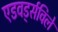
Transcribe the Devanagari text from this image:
एडवर्ड्सविले